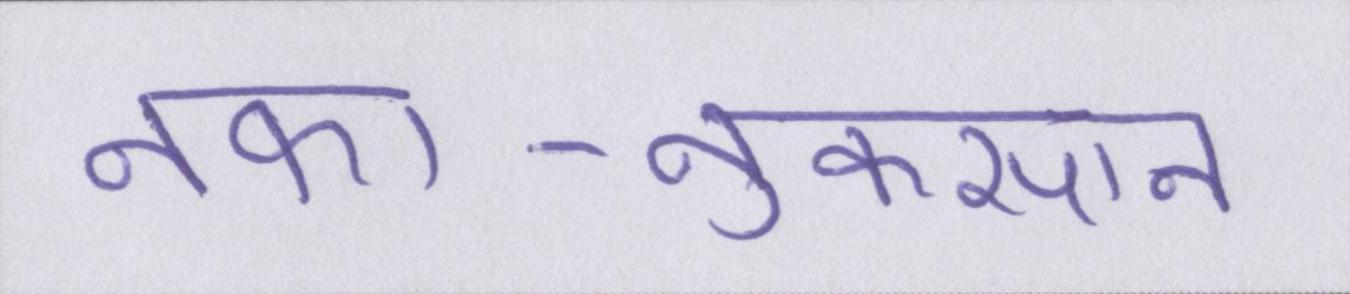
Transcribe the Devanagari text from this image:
नफा-नुकसान